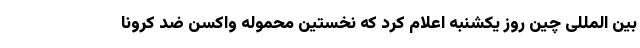
بین المللی چین روز یکشنبه اعلام کرد که نخستین محموله واکسن ضد کرونا